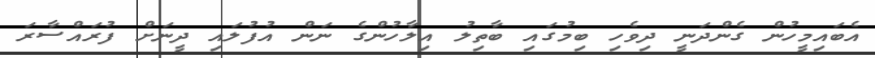
އެބައިމީހުން ގެންދަނީ ދިވެހި ބިމުގައި ބާތިލު އިލާހުންގެ ނަން އުފުލައި ދީނަށް ފުރައްސާރަ